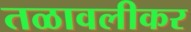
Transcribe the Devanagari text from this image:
तळावलीकर